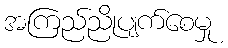
အကြည်ညိုပျက်စေမှု